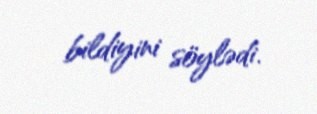
bildiyini söylədi.